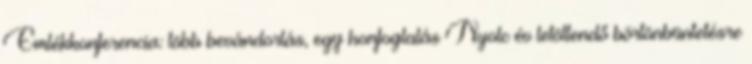
Emlékkonferencia: több bevándorlás, egy honfoglalás Nyolc év letöltendő börtönbüntetésre